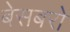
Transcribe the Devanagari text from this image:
बेसबरो